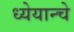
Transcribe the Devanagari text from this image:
ध्येयान्चे